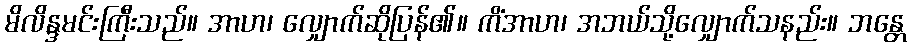
မိလိန္ဒမင်းကြီးသည်။ အာဟ၊ လျှောက်ဆိုပြန်၏။ ကိံအာဟ၊ အဘယ်သို့လျှောက်သနည်း။ ဘန္တေ